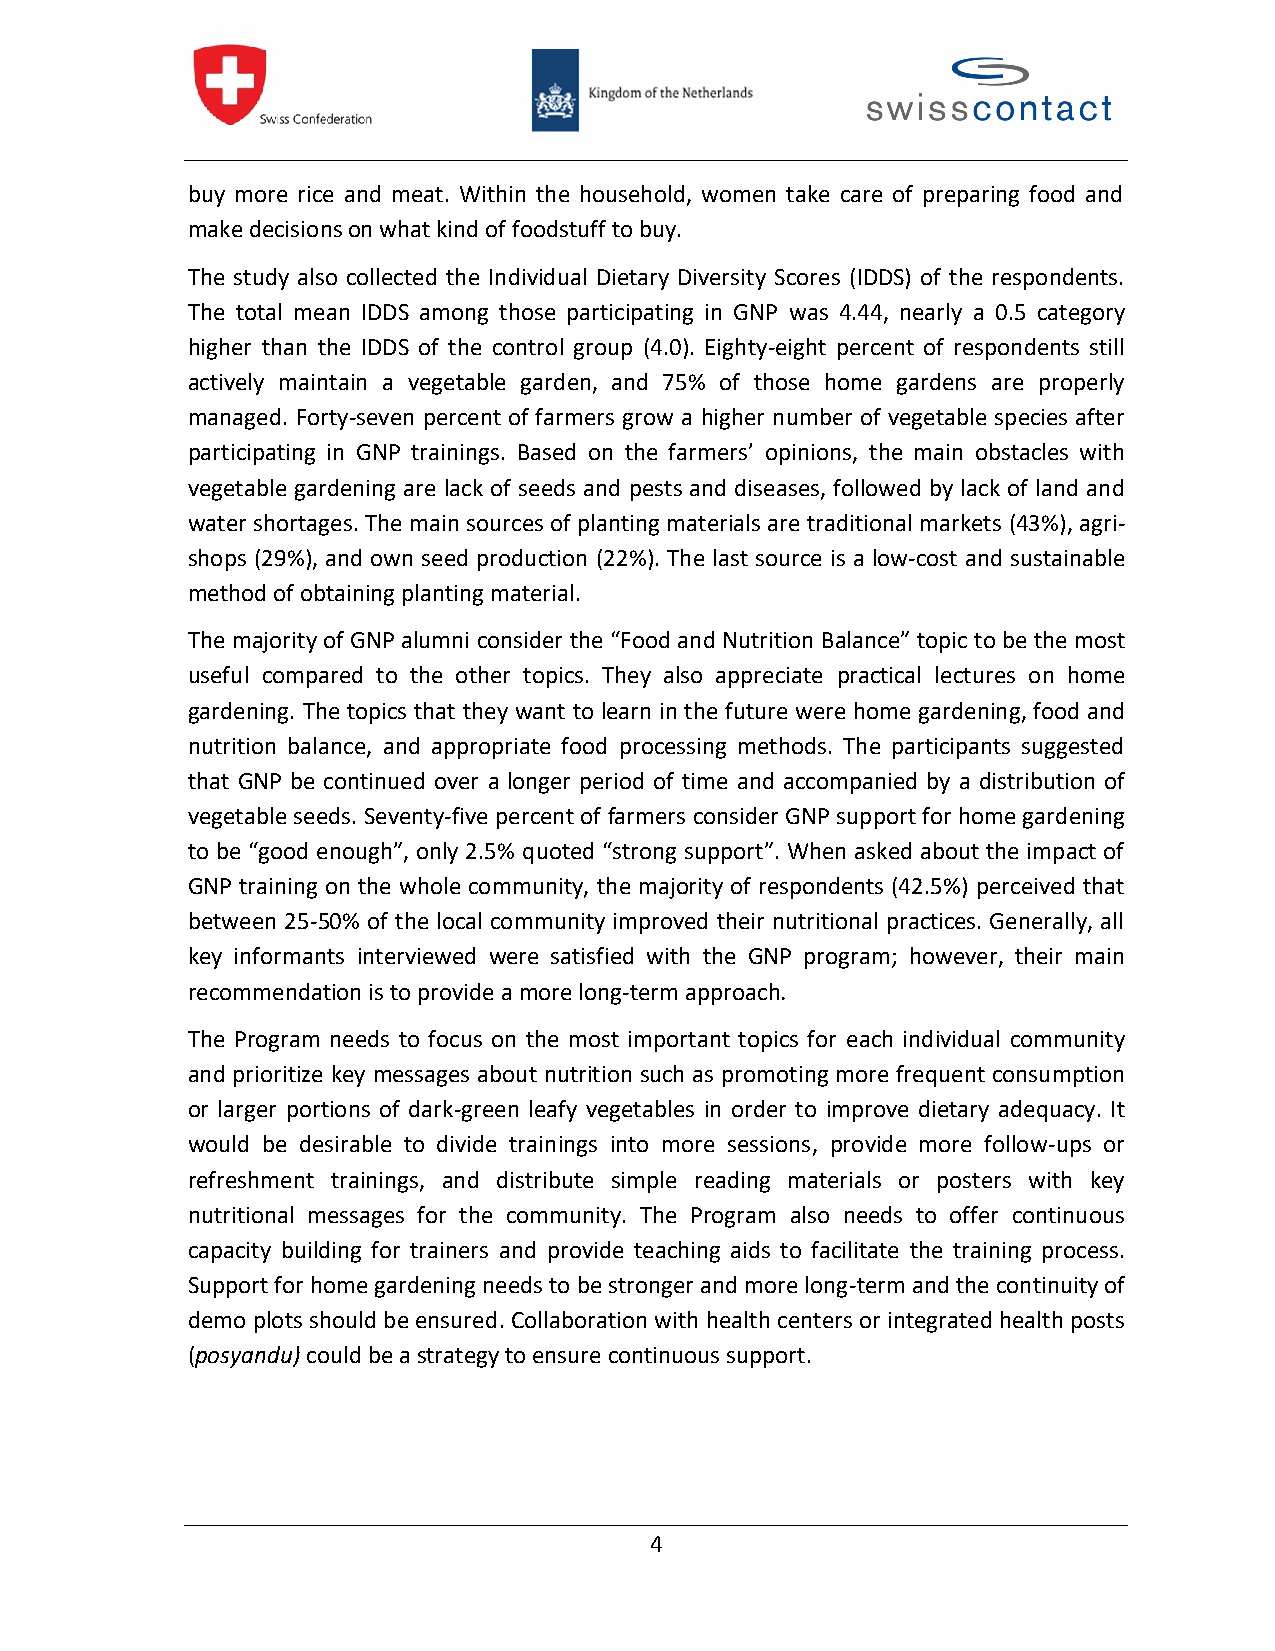
buy more rice and meat. Within the household, women take care of preparing food and
 makedecisionson what kind of foodstuff to buy.
 The study also collected the Individual Dietary Diversity Scores (IDDS) of the respondents.
 The total mean IDDS among those participating in GNP was 4.44, nearly a 0.5 category
 higher than the IDDS of the control group (4.0). Eighty-eight percent of respondents still
 actively maintain a vegetable garden, and 75% of those home gardens are properly
 managed. Forty-seven percent of farmers grow a higher number of vegetable species after
 participating in GNP trainings. Based on the farmers’ opinions, the main obstacles with
 vegetable gardening are lack of seeds and pests and diseases, followed by lack of land and
 water shortages. The main sourcesof planting materials are traditional markets (43%), agri-
 shops (29%), and own seed production (22%). The last source is a low-cost and sustainable
 method of obtaining planting material.
 The majority of GNP alumni consider the“Food and Nutrition Balance” topic to bethe most
 useful compared to the other topics. They also appreciate practical lectures on home
 gardening. The topics that they want to learn in the future were home gardening, food and
 nutrition balance, and appropriate food processing methods. The participants suggested
 that GNP be continued over a longer period of time and accompanied by a distribution of
 vegetable seeds. Seventy-five percent of farmers consider GNP support for home gardening
 to be “good enough”, only 2.5% quoted “strong support”. When asked about the impact of
 GNP training on the whole community, the majority of respondents (42.5%) perceived that
 between 25-50% of the local community improved their nutritional practices. Generally, all
 key informants interviewed were satisfied with the GNP program; however, their main
 recommendation is to provide amore long-term approach.
 The Program needs to focus on the most important topics for each individual community
 and prioritize key messages about nutrition such as promoting more frequent consumption
 or larger portions of dark-green leafy vegetables in order to improve dietary adequacy. It
 would be desirable to divide trainings into more sessions, provide more follow-ups or
 refreshment trainings, and distribute simple reading materials or posters with key
 nutritional messages for the community. The Program also needs to offer continuous
 capacity building for trainers and provide teaching aids to facilitate the training process.
 Support forhome gardening needs to be stronger and more long-termandthecontinuity of
 demo plots should be ensured.Collaboration with health centers or integrated health posts
 (posyandu)could be astrategyto ensure continuous support.
 4